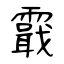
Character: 霵